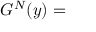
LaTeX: { G } ^ { N } ( y ) =